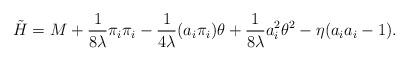
LaTeX: \begin{align*}\tilde H = M + \frac{1}{8\lambda}\pi_i \pi_i - \frac{1}{4\lambda}(a_i\pi_i)\theta + \frac {1}{8\lambda}a_i^2\theta^2 - \eta (a_ia_i -1).\end{align*}